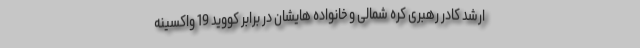
ارشد کادر رهبری کره شمالی و خانواده هایشان در برابر کووید 19 واکسینه